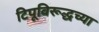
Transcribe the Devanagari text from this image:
टिपूविरूद्धच्या